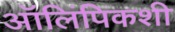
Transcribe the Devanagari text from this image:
ऑलिंपिकशी